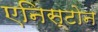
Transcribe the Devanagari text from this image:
एनिस्टोन